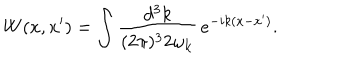
LaTeX: W ( x , x ^ { \prime } ) = \int \frac { d ^ { 3 } k } { ( 2 \pi ) ^ { 3 } 2 \omega _ { { \bf k } } } \, e ^ { - i k ( x - x ^ { \prime } ) } .